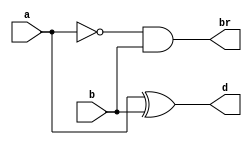
module hs(a,b,d,br);
input a,b;
output d,br;

assign d=a^b;
assign br=(~a)&b;

//initial begin
//$monitor ("Hello World");
//end

endmodule